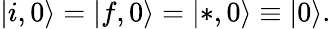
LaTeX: |i,0\rangle=|f,0\rangle=|*,0\rangle\equiv|0\rangle.